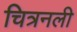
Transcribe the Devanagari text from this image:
चित्रनली